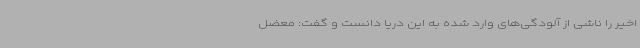
اخیر را ناشی از آلودگی‌های وارد شده به این دریا دانست و گفت: معضل